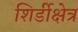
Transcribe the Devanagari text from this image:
शिर्डीक्षेत्र